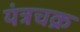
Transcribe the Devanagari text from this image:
यंत्रचक्र